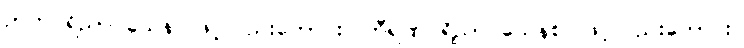
ဉာတပရိညာဝသေန၊ ဖြင့်လည်းကောင်း။ တီရဏပရိညာဝသေနစ၊ ဖြင့်လည်းကောင်း။